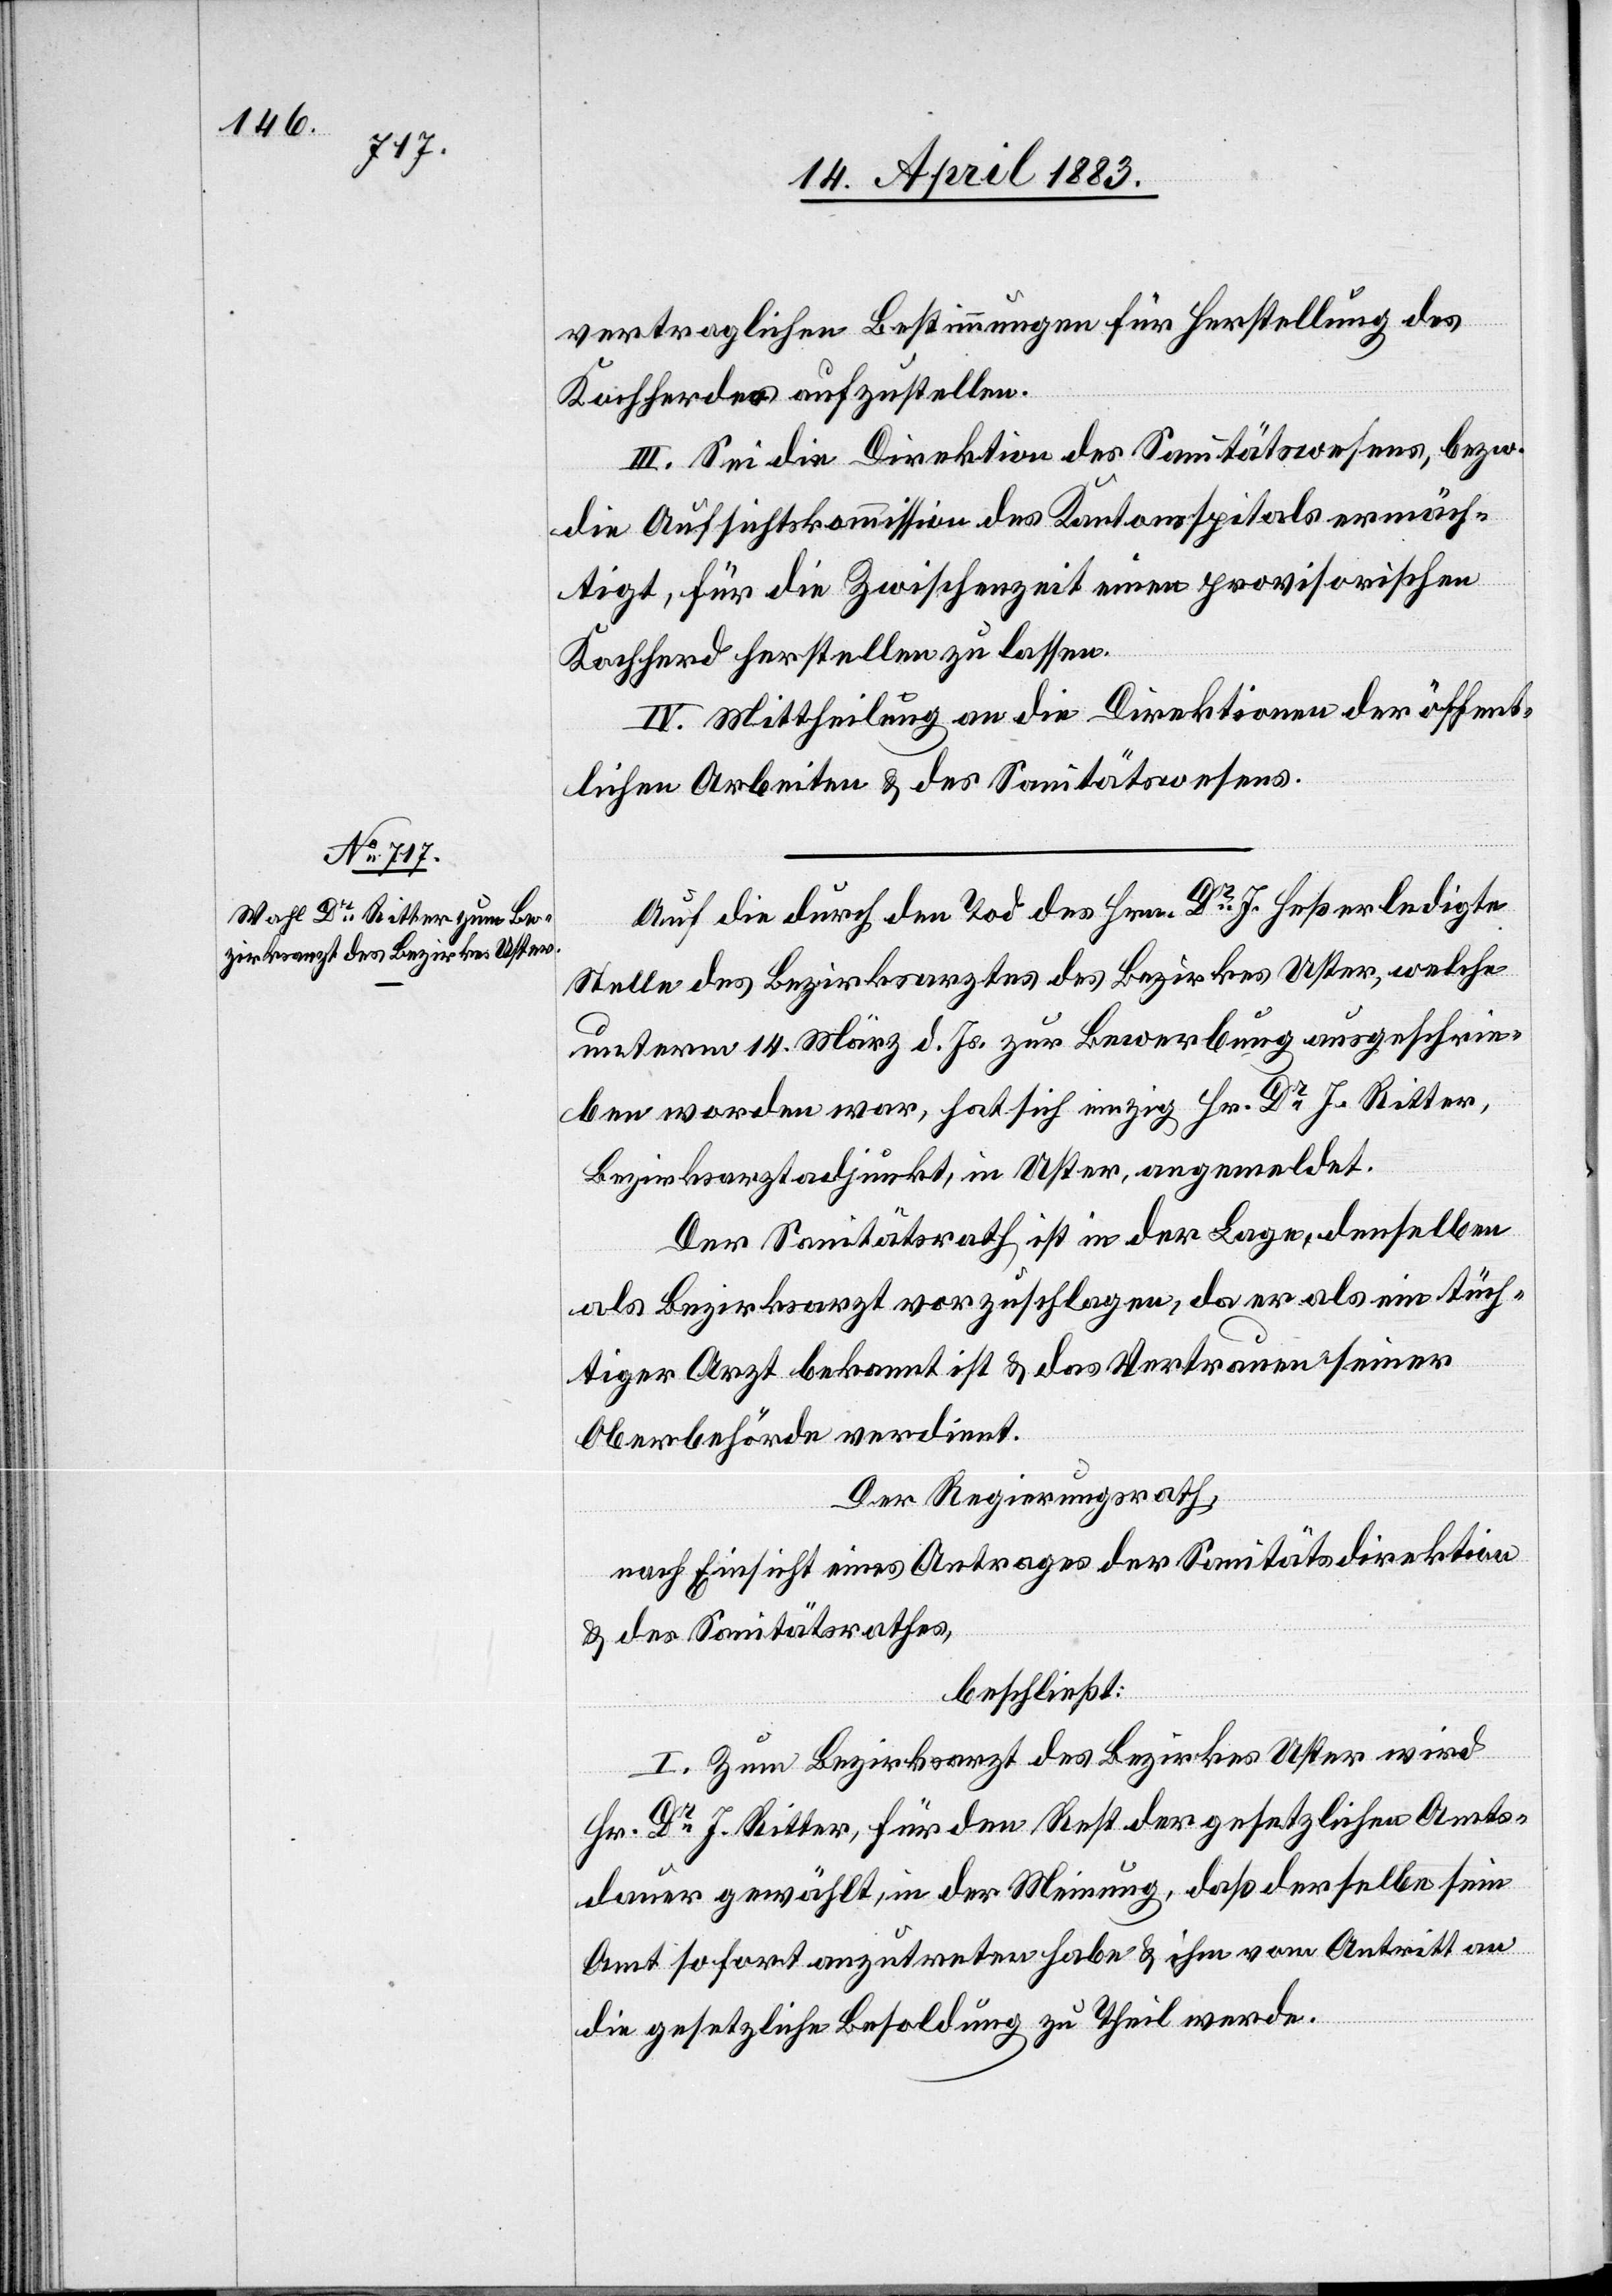
vertraglichen Bestimmungen für Herstellung des
Kochherdes aufzustellen.
III. Sei die Direktion des Sanitätswesens, bezw.
die Aufsichtskommission des Kantonsspitals ermäch¬
tigt, für die Zwischenzeit einen provisorischen
Kochherd herstellen zu lassen.
IV. Mittheilung an die Direktionen der öffent¬
lichen Arbeiten & der Sanitätsdirektion.
Auf die durch den Tod des Hrn. Dr J. Heß erledigte
Stelle des Bezirksarztes des Bezirkes Uster, welche
unterm 14. März d. Js. zur Bewerbung ausgeschrie¬
ben worden war, hat sich einzig Hr. Dr J. Ritter,
Bezirksarztadjunkt, in Uster, angemeldet.
Der Sanitätsrath ist in der Lage, denselben
als Bezirksarzt vorzuschlagen, da er als ein tüch¬
tiger Arzt bekannt ist & das Vertrauen seiner
Oberbehörden verdient.
Der Regierungsrath,
nach Einsicht eines Antrages der Sanitätsdirektion
& des Sanitätsrathes,
beschließt:
I. Zum Bezirksarzt des Bezirkes Uster wird
Hr. Dr J. Ritter, für den Rest der gesetzlichen Amts¬
dauer gewählt, in der Meinung, daß derselbe sein
Amt sofort anzutreten habe & ihm vom Antritt an
die gesetzliche Besoldung zu Theil werde.